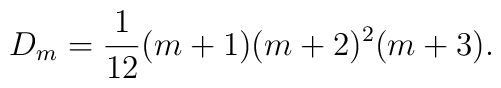
D_m = \frac{1}{12}(m+1)(m+2)^{2}(m+3).